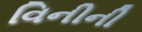
વિનીની